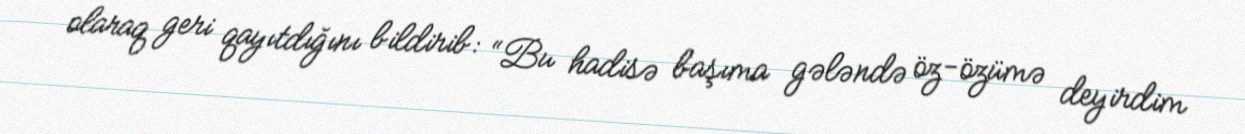
olaraq geri qayıtdığını bildirib: “Bu hadisə başıma gələndə öz-özümə deyirdim